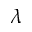
\lambda